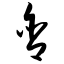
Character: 舍